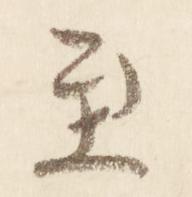
至